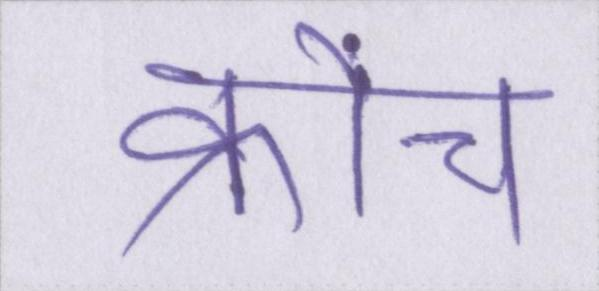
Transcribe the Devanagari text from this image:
क्रोंच